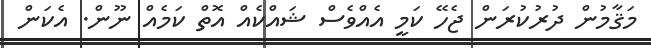
މަޤާމުން ދުރުކުރަން ޖެހޭ ކަމީ އެއްވެސް ޝައްކެއް އޮތް ކަމެއް ނޫން. އެކަން